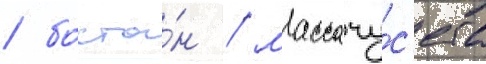
/ босто́н / массачу́с'етс